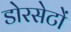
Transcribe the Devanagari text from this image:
डोरसेटों